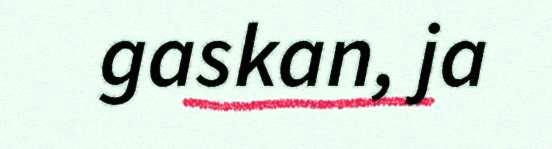
gaskan, ja